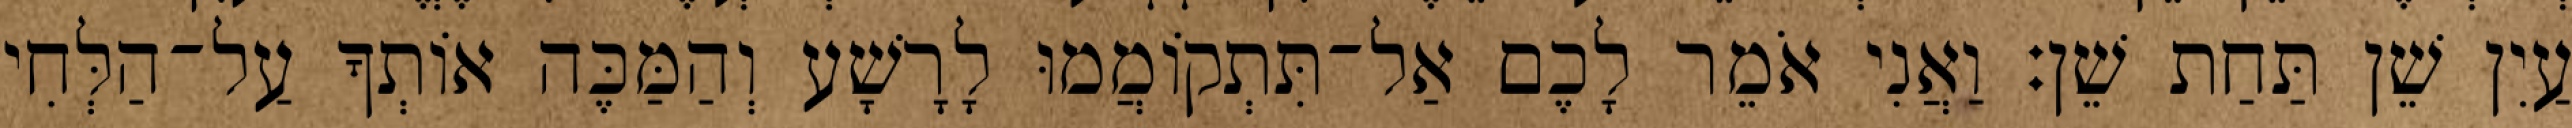
עַיִן שֵׁן תַּחַת שֵׁן׃ וַאֲנִי אֹמֵר לָכֶם אַל־תִּתְקוֹמֲמוּ לָרָשָׁע וְהַמַּכֶּה אוֹתְךָ עַל־הַלְּחִי